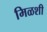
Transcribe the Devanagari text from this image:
मिळशी